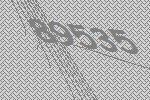
89535